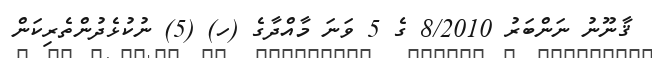
ޤާނޫނު ނަންބަރު 8/2010 ގެ 5 ވަނަ މާއްދާގެ (ހ) (5) ނުކުޅެދުންތެރިކަން